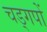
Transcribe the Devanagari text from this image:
चड्गपों